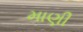
માણી